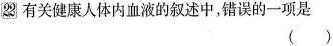
2有关健康人体内血液的叙述中，错误的一项是()